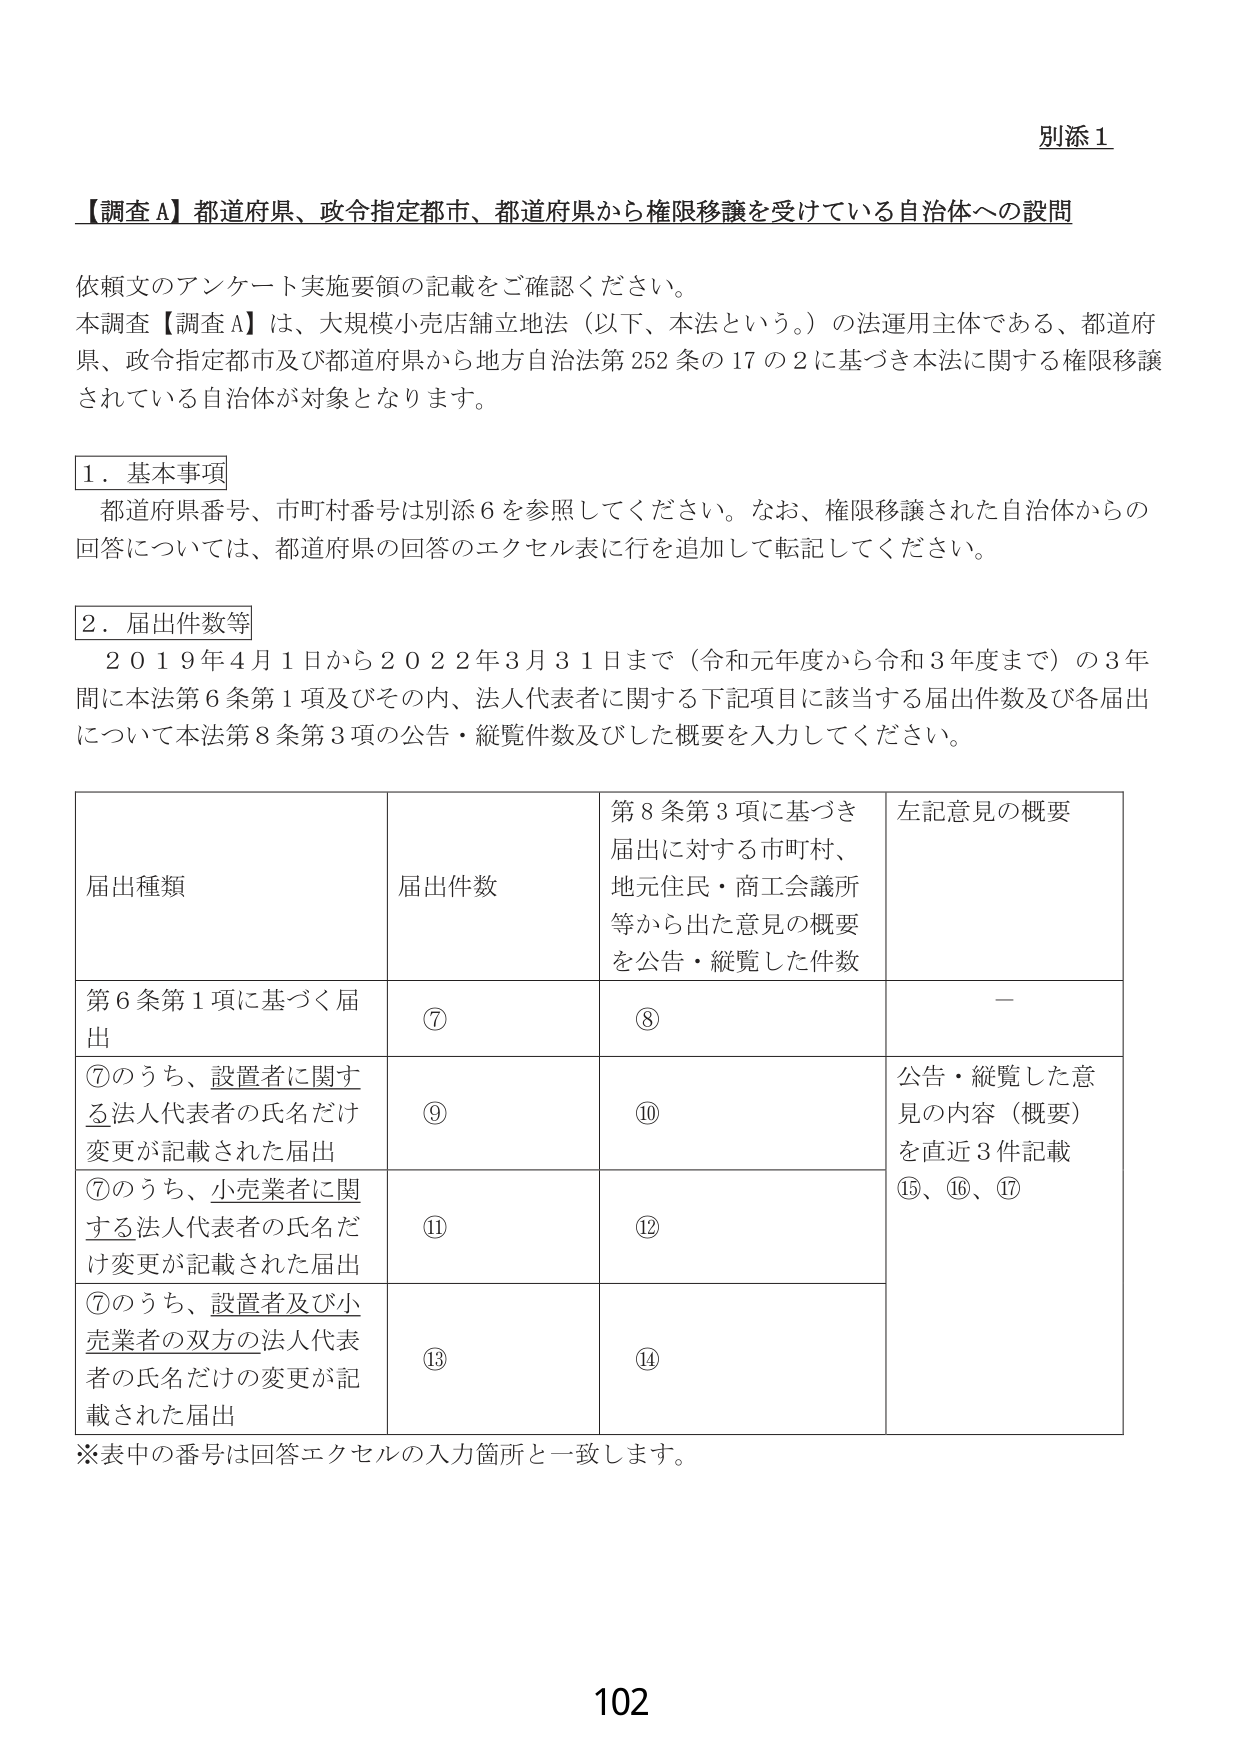
別添１

【調査Ａ】都道府県、政令指定都市、都道府県から権限移譲を受けている自治体への設問

依頼文のアンケート実施要領の記載をご確認ください。
本調査【調査Ａ】は、大規模小売店舗立地法（以下、本法という。）の法運用主体である、都道府県、政令指定都市及び都道府県から地方自治法第252条の17の2に基づき本法に関する権限移譲されている自治体が対象となります。

１．基本事項
都道府県番号、市町村番号は別添６を参照してください。なお、権限移譲された自治体からの回答については、都道府県の回答のエクセル表に行を追加して転記してください。

２．届出件数等
２０１９年４月１日から２０２２年３月３１日まで（令和元年度から令和３年度まで）の３年間に本法第６条第１項及びその内、法人代表者に関する下記項目に該当する届出件数及び各届出について本法第８条第３項の公告・縦覧件数及びした概要を入力してください。

| 届出種類 | 届出件数 | 第８条第３項に基づき届出に対する市町村、地元住民・商工会議所等から出た意見の概要を公告・縦覧した件数 | 左記意見の概要 |
|----------|----------|--------------------------------------------------|----------------|
| 第６条第１項に基づく届出 | ⑦ | ⑧ | － |
| ⑦のうち、設置者に関する法人代表者の氏名だけ変更が記載された届出 | ⑨ | ⑩ | 公告・縦覧した意見の内容（概要）を直近３件記載<br>⑮、⑯、⑰ |
| ⑦のうち、小売業者に関する法人代表者の氏名だけ変更が記載された届出 | ⑪ | ⑫ | |
| ⑦のうち、設置者及び小売業者の双方の法人代表者の氏名だけの変更が記載された届出 | ⑬ | ⑭ | |

※表中の番号は回答エクセルの入力箇所と一致します。

102